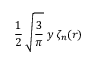
\frac { 1 } { 2 } \, \sqrt { \frac { 3 } { \pi } } \; y \, \zeta _ { n } ( r )